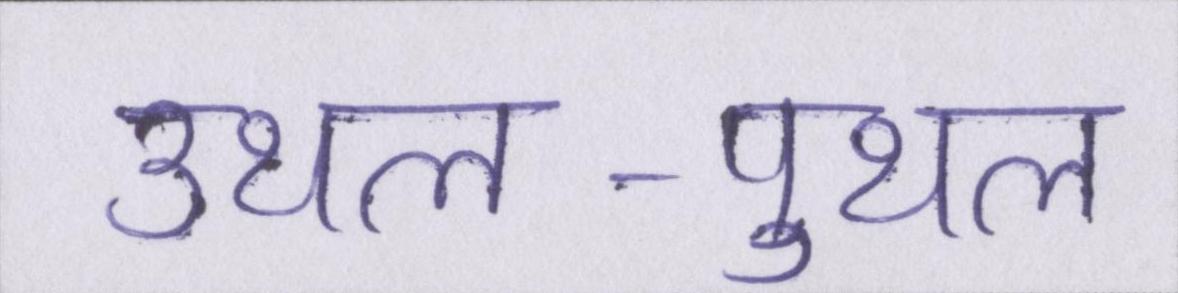
उथल-पुथल